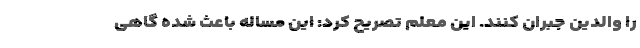
را والدین جبران کنند. این معلم تصریح کرد: این مساله باعث شده گاهی